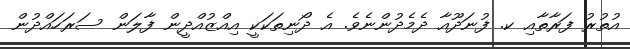
އުތުރު ފަރާތާއި ކ. ފުނަދޫއާ ދެމެދުންނެވެ. އެ ދޯނިތަކަކީ އިއްޒުއްދީން ފާލަން ސަރަހައްދުން